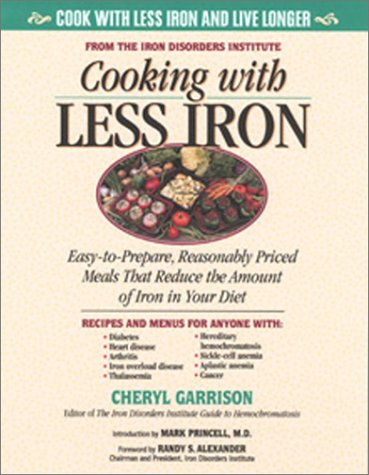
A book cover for Cooking With Less Iron: Easy-To-Prepare, Reasonably Priced Meals That Reduce the Amount of Iron in Your Diet; Richard A. Passwater; Cookbooks, Food & Wine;